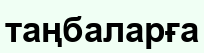
таңбаларға